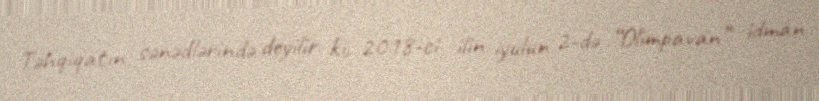
Təhqiqatın sənədlərində deyilir ki, 2018-ci ilin iyulun 2-də “Olimpavan” idman